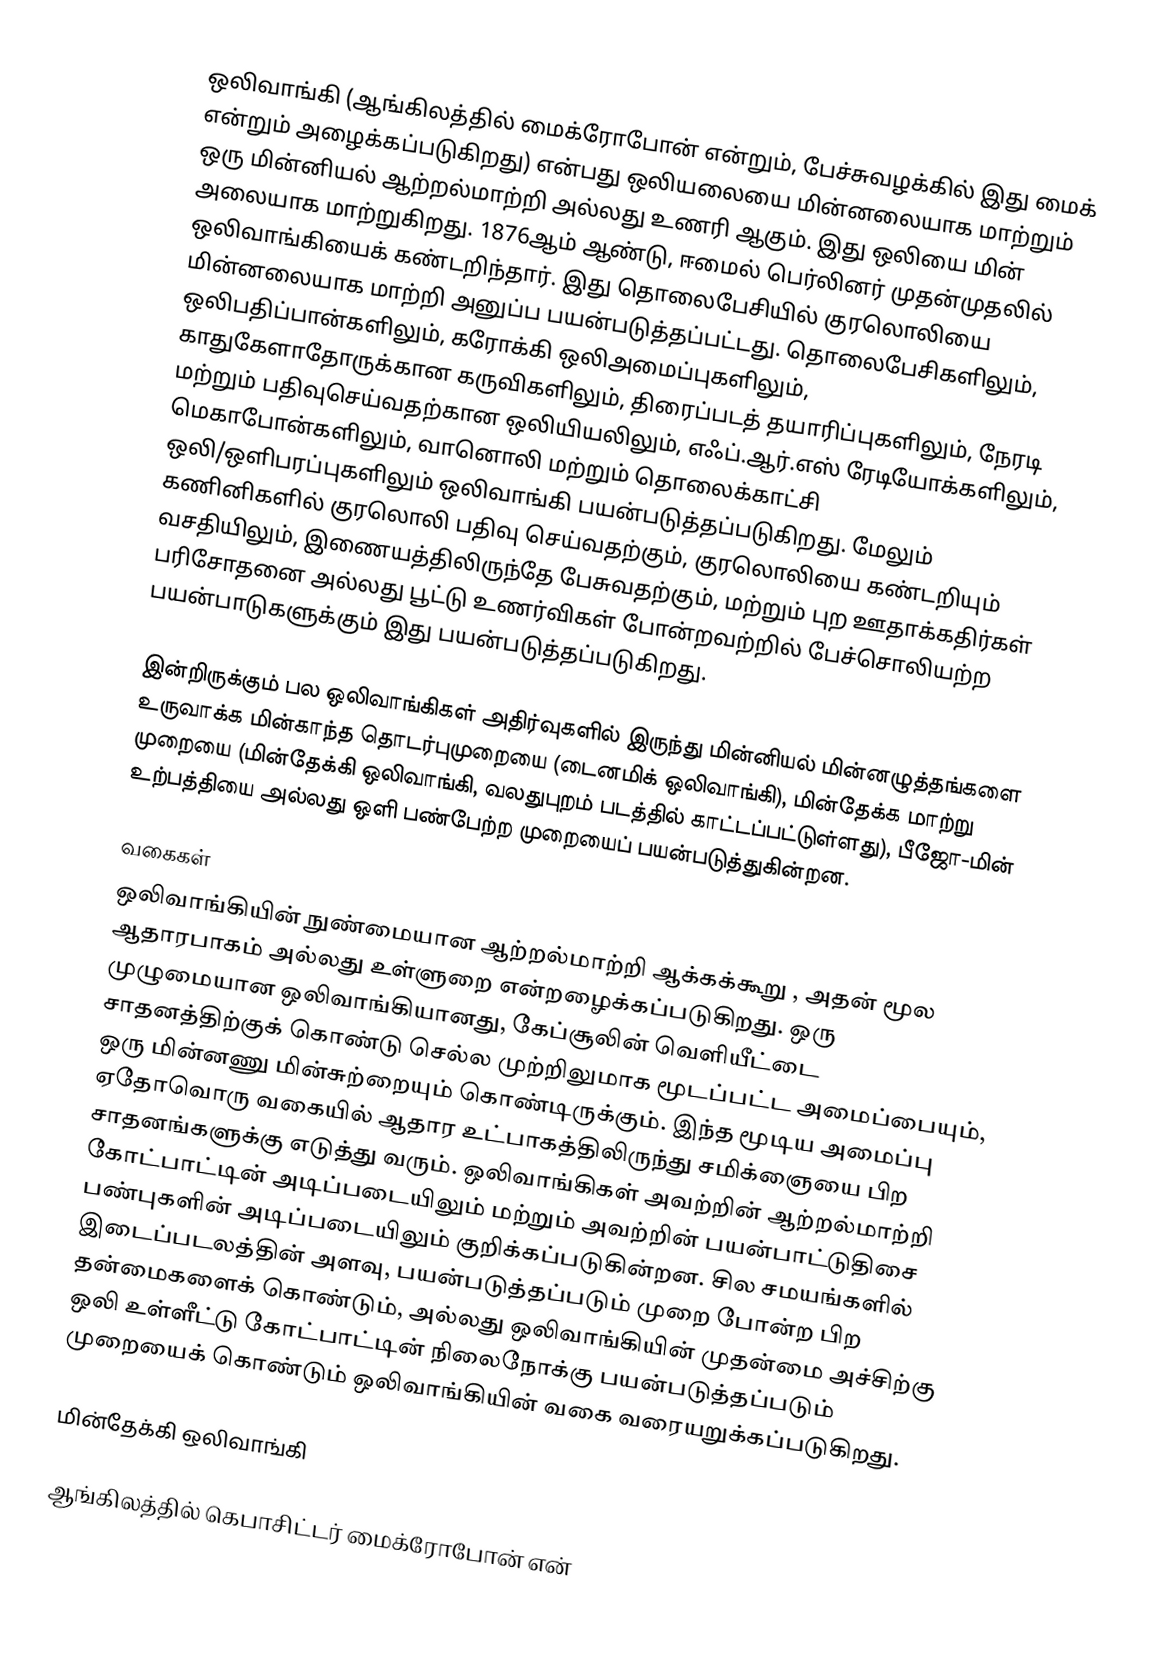
ஒலிவாங்கி (ஆங்கிலத்தில் மைக்ரோபோன் என்றும், பேச்சுவழக்கில் இது மைக் என்றும் அழைக்கப்படுகிறது) என்பது ஒலியலையை மின்னலையாக மாற்றும் ஒரு மின்னியல் ஆற்றல்மாற்றி அல்லது உணரி ஆகும். இது ஒலியை மின் அலையாக மாற்றுகிறது. 1876ஆம் ஆண்டு, ஈமைல் பெர்லினர் முதன்முதலில் ஒலிவாங்கியைக் கண்டறிந்தார். இது தொலைபேசியில் குரலொலியை மின்னலையாக மாற்றி அனுப்ப பயன்படுத்தப்பட்டது. தொலைபேசிகளிலும், ஒலிபதிப்பான்களிலும், கரோக்கி ஒலிஅமைப்புகளிலும், காதுகேளாதோருக்கான கருவிகளிலும், திரைப்படத் தயாரிப்புகளிலும், நேரடி மற்றும் பதிவுசெய்வதற்கான ஒலியியலிலும், எஃப்.ஆர்.எஸ் ரேடியோக்களிலும், மெகாபோன்களிலும், வானொலி மற்றும் தொலைக்காட்சி ஒலி/ஒளிபரப்புகளிலும் ஒலிவாங்கி பயன்படுத்தப்படுகிறது. மேலும் கணினிகளில் குரலொலி பதிவு செய்வதற்கும், குரலொலியை கண்டறியும் வசதியிலும், இணையத்திலிருந்தே பேசுவதற்கும், மற்றும் புற ஊதாக்கதிர்கள் பரிசோதனை அல்லது பூட்டு உணர்விகள் போன்றவற்றில் பேச்சொலியற்ற பயன்பாடுகளுக்கும் இது பயன்படுத்தப்படுகிறது.

இன்றிருக்கும் பல ஒலிவாங்கிகள் அதிர்வுகளில் இருந்து மின்னியல் மின்னழுத்தங்களை உருவாக்க மின்காந்த தொடர்புமுறையை (டைனமிக் ஒலிவாங்கி), மின்தேக்க மாற்று முறையை (மின்தேக்கி ஒலிவாங்கி, வலதுபுறம் படத்தில் காட்டப்பட்டுள்ளது), பீஜோ-மின் உற்பத்தியை அல்லது ஒளி பண்பேற்ற முறையைப் பயன்படுத்துகின்றன.

வகைகள்
ஒலிவாங்கியின் நுண்மையான ஆற்றல்மாற்றி ஆக்கக்கூறு , அதன் மூல ஆதாரபாகம் அல்லது உள்ளுறை என்றழைக்கப்படுகிறது. ஒரு முழுமையான ஒலிவாங்கியானது, கேப்சூலின் வெளியீட்டை சாதனத்திற்குக் கொண்டு செல்ல முற்றிலுமாக மூடப்பட்ட அமைப்பையும், ஒரு மின்னணு மின்சுற்றையும் கொண்டிருக்கும். இந்த மூடிய அமைப்பு ஏதோவொரு வகையில் ஆதார உட்பாகத்திலிருந்து சமிக்ஞையை பிற சாதனங்களுக்கு எடுத்து வரும். ஒலிவாங்கிகள் அவற்றின் ஆற்றல்மாற்றி கோட்பாட்டின் அடிப்படையிலும் மற்றும் அவற்றின் பயன்பாட்டுதிசை பண்புகளின் அடிப்படையிலும் குறிக்கப்படுகின்றன. சில சமயங்களில் இடைப்படலத்தின் அளவு, பயன்படுத்தப்படும் முறை போன்ற பிற தன்மைகளைக் கொண்டும், அல்லது ஒலிவாங்கியின் முதன்மை அச்சிற்கு ஒலி உள்ளீட்டு கோட்பாட்டின் நிலைநோக்கு பயன்படுத்தப்படும் முறையைக் கொண்டும் ஒலிவாங்கியின் வகை வரையறுக்கப்படுகிறது.

மின்தேக்கி ஒலிவாங்கி

ஆங்கிலத்தில் கெபாசிட்டர் மைக்ரோபோன் என்